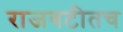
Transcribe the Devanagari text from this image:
राजवटीतच